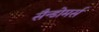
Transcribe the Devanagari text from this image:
सैन्डोमर्स